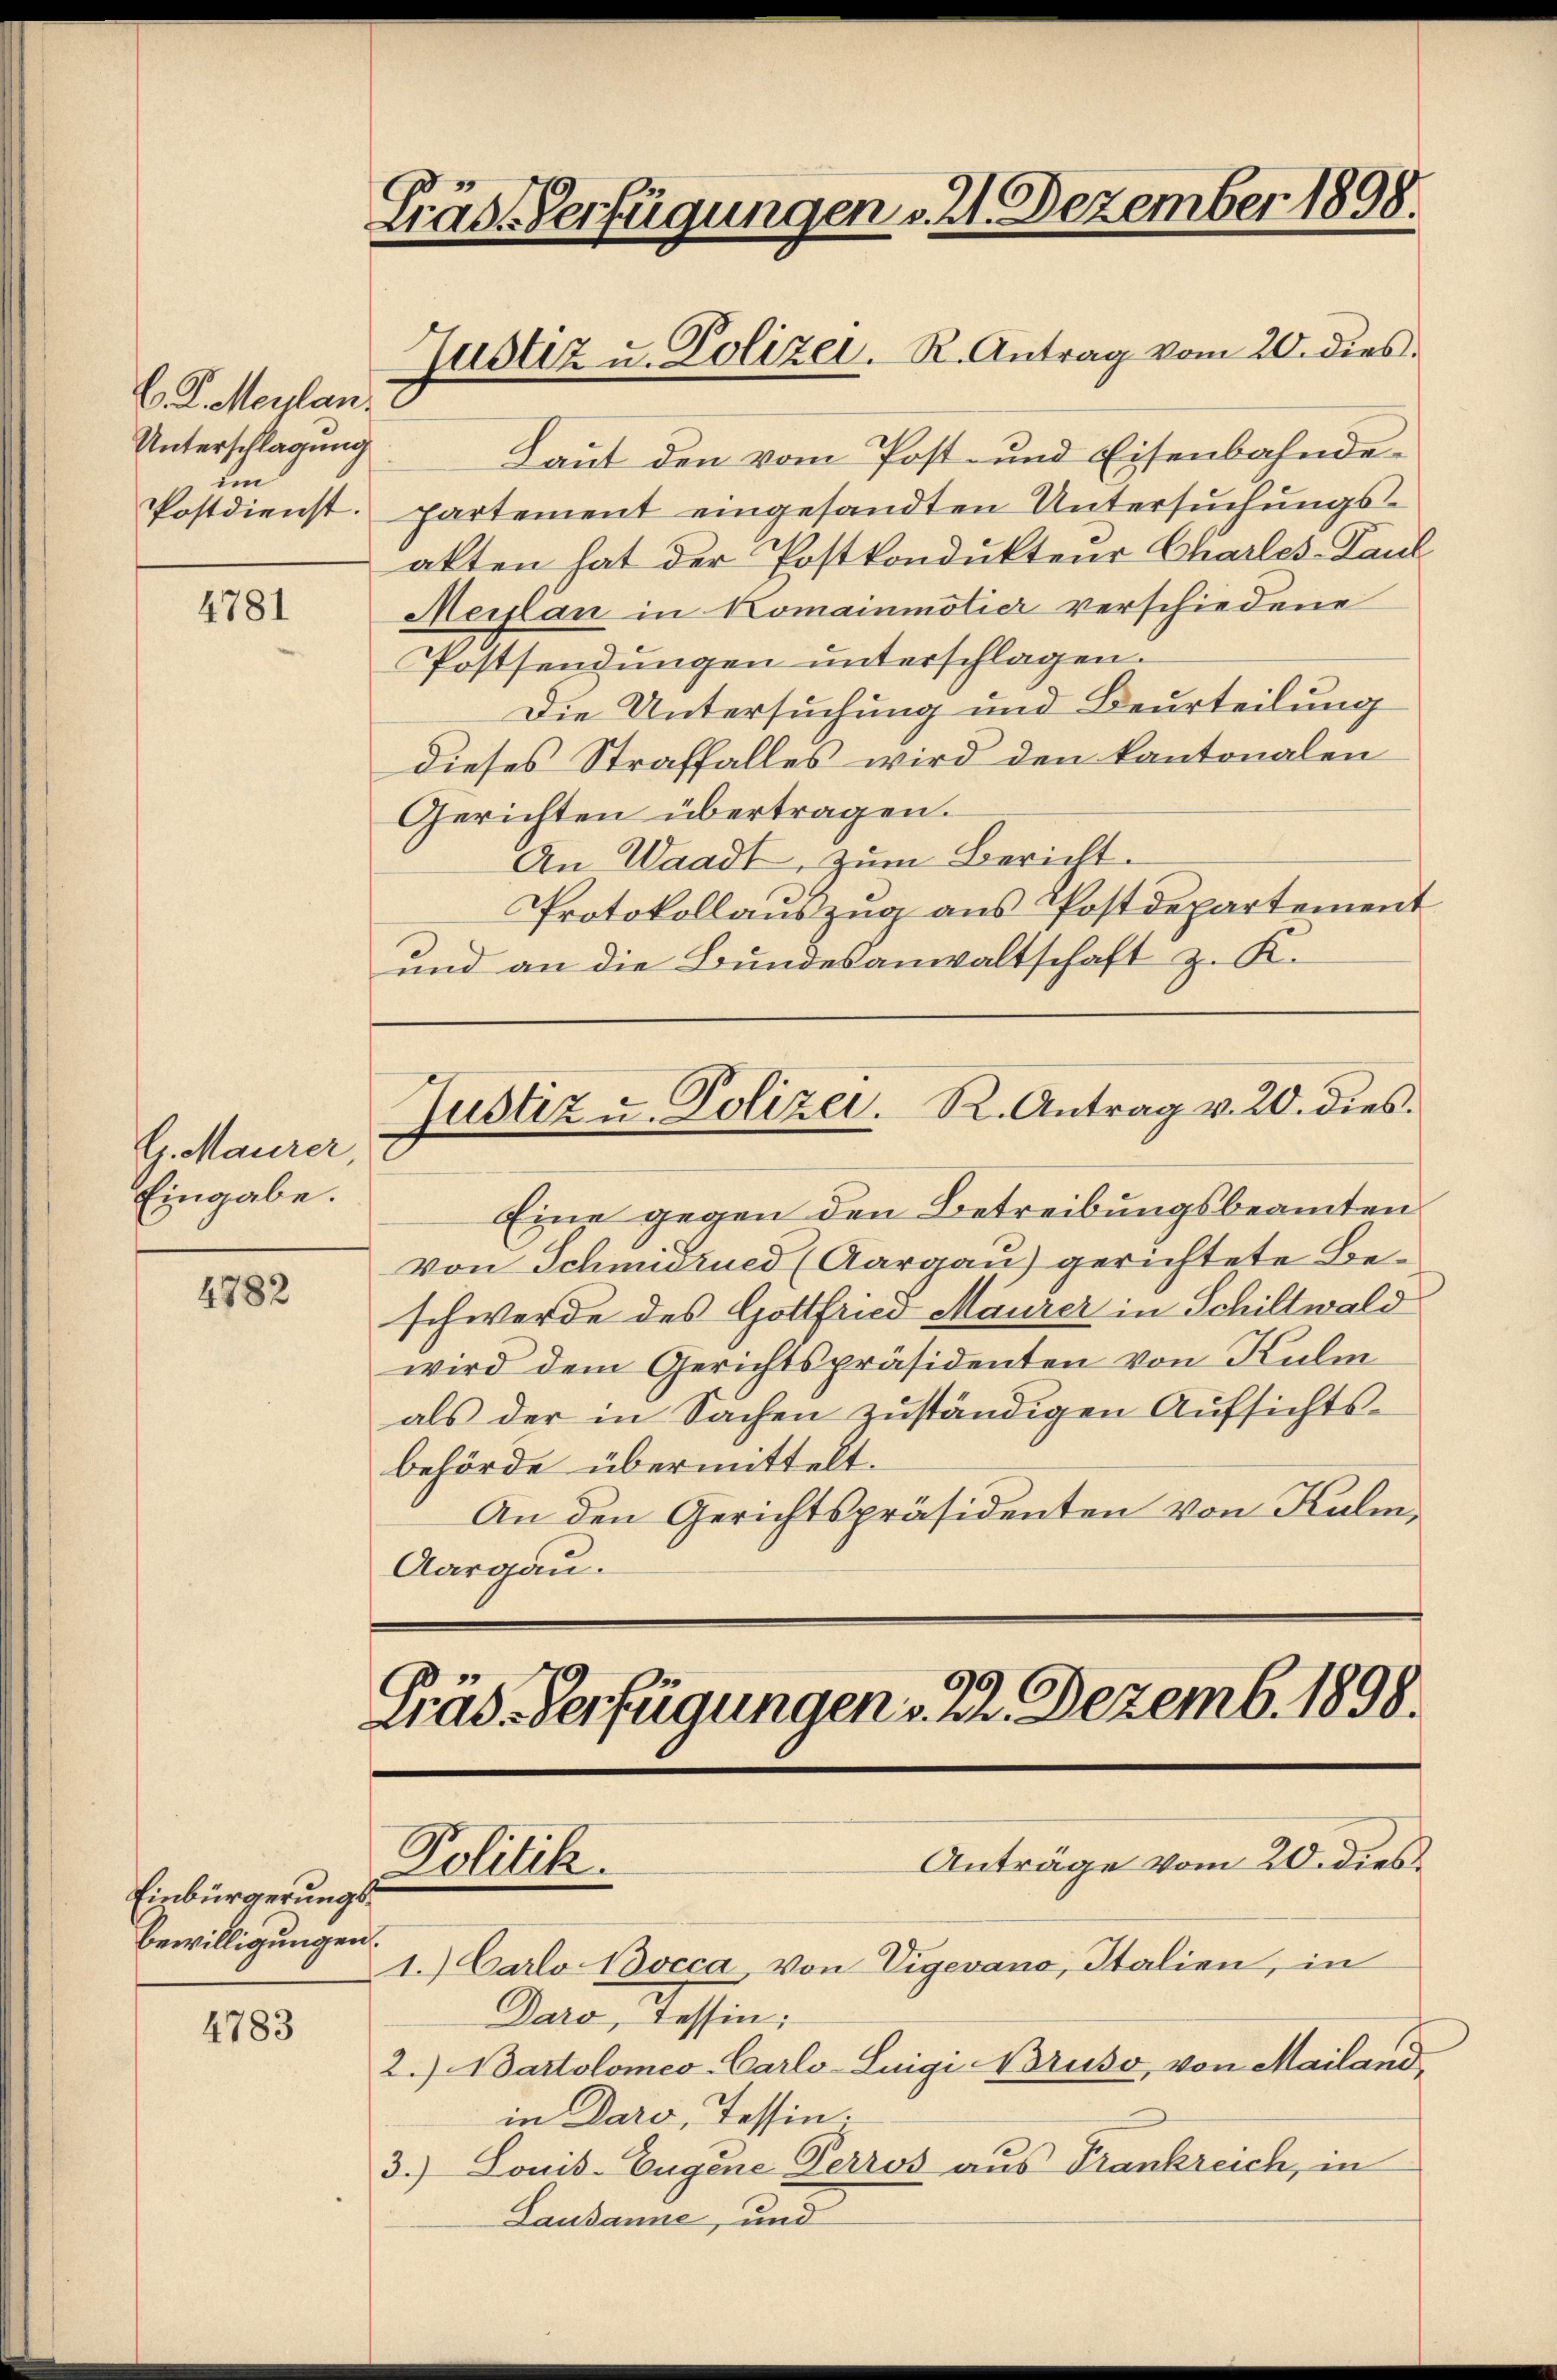
C. K. Maylan
Unterschlagung
im

4781

G. Maurer
Eingabe.

4782

Einbürgerungs¬
Bewilligungen.

4783

Gräs-Verfügungen v. 21. Dezember 1898.

Justiz u. Polizei. R. Antrag vom 20. dies
Laut den vom Post- und Eisenbahnde¬
Postdienst. partement eingesandten Untersuchungs-
akten hat der Postkondukteur Charles-Paul
Meiplan in Komainmötier verschiedene
Postsendungen unterschlagen.
Die Untersuchung und Beurteilung
dieses Straffalles wird den kantonalen
Gerichten übertragen.
An Waadt, zum Bericht.
Protokollauszug aus Postdepartement
und an die Bundesanwaltschaft z. K.
Justiz u. Polizei. R. Antrag v. 20. dies
Eine gegen den Betreibungsbeamten
Von Schmidrued (Aargau) gerichtete Beschwerde des Gottfried Maurer in Schiltwald
wird dem Gerichtspräsidenten von Kulm
als der in Sachen zuständigen Aufsichtsbehörde übermittelt.
An den Gerichtspräsidenten von Kulm¬
Aargau.

2.) Wartolomeo-Carlo-Luigi Bruso, von Mailand,
in Daro, Tessin.
3.) Louis-Eugene Perros aus Frankreich, in
Lausanne, und

Präd-Verfügungen u. 2. Dezemb. 1898.
Anträge vom 20. dies
Politik.
1.) Carlo occa, von Vigevano, Italien, in
Daro, Tessin: